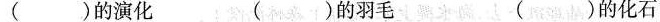
( )的演化 ( )的羽毛 ( )的化石